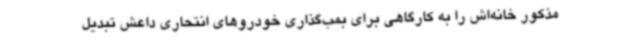
مذکور خانه‌اش را به کارگاهی برای بمب‌گذاری خودروهای انتحاری داعش تبدیل